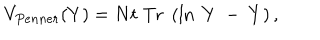
V _ { P e n n e r } ( Y ) = N t \; \mathrm { T r } \; \left( \ln \; Y ~ - ~ Y \right) ,